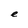
Character: e